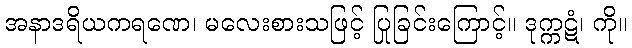
အနာဒရိယကရဏေ၊ မလေးစားသဖြင့် ပြုခြင်းကြောင့်။ ဒုက္ကဋံ၊ ကို။